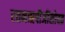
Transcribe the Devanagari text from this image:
रतनऋषीजींसोबत